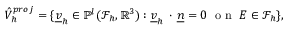
\hat { V } _ { h } ^ { p r o j } = \{ \underline { { v } } _ { h } \in \mathbb { P } ^ { l } ( \mathcal { F } _ { h } , \mathbb { R } ^ { 3 } ) : \underline { { v } } _ { h } \, \cdot \, \underline { { n } } = 0 \; \mathrm { ~ o ~ n ~ } \; E \in \mathcal { F } _ { h } \} ,